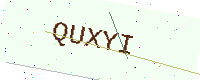
Text: QUXYI